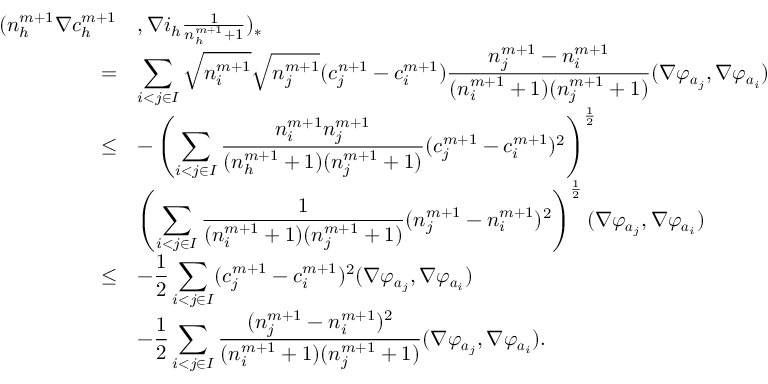
\begin{array} { r l } { \displaystyle ( n _ { h } ^ { m + 1 } \nabla c _ { h } ^ { m + 1 } } & { , \nabla i _ { h } \frac { 1 } { n _ { h } ^ { m + 1 } + 1 } ) _ { * } } \\ { = } & { \displaystyle \sum _ { i < j \in I } \sqrt { n _ { i } ^ { m + 1 } } \sqrt { n _ { j } ^ { m + 1 } } ( c _ { j } ^ { n + 1 } - c _ { i } ^ { m + 1 } ) \frac { n _ { j } ^ { m + 1 } - n _ { i } ^ { m + 1 } } { ( n _ { i } ^ { m + 1 } + 1 ) ( n _ { j } ^ { m + 1 } + 1 ) } ( \nabla \varphi _ { { \boldsymbol a } _ { j } } , \nabla \varphi _ { { \boldsymbol a } _ { i } } ) } \\ { \le } & { \displaystyle - \left( \sum _ { i < j \in I } \frac { n _ { i } ^ { m + 1 } n _ { j } ^ { m + 1 } } { ( n _ { h } ^ { m + 1 } + 1 ) ( n _ { j } ^ { m + 1 } + 1 ) } ( c _ { j } ^ { m + 1 } - c _ { i } ^ { m + 1 } ) ^ { 2 } \right) ^ { \frac { 1 } { 2 } } } \\ & { \displaystyle \left( \sum _ { i < j \in I } \frac { 1 } { ( n _ { i } ^ { m + 1 } + 1 ) ( n _ { j } ^ { m + 1 } + 1 ) } ( n _ { j } ^ { m + 1 } - n _ { i } ^ { m + 1 } ) ^ { 2 } \right) ^ { \frac { 1 } { 2 } } ( \nabla \varphi _ { { \boldsymbol a } _ { j } } , \nabla \varphi _ { { \boldsymbol a } _ { i } } ) } \\ { \le } & { \displaystyle - \frac { 1 } { 2 } \sum _ { i < j \in I } ( c _ { j } ^ { m + 1 } - c _ { i } ^ { m + 1 } ) ^ { 2 } ( \nabla \varphi _ { { \boldsymbol a } _ { j } } , \nabla \varphi _ { { \boldsymbol a } _ { i } } ) } \\ & { - \displaystyle \frac { 1 } { 2 } \sum _ { i < j \in I } \frac { ( n _ { j } ^ { m + 1 } - n _ { i } ^ { m + 1 } ) ^ { 2 } } { ( n _ { i } ^ { m + 1 } + 1 ) ( n _ { j } ^ { m + 1 } + 1 ) } ( \nabla \varphi _ { { \boldsymbol a } _ { j } } , \nabla \varphi _ { { \boldsymbol a } _ { i } } ) . } \end{array}